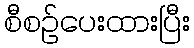
စီစဉ်ပေးထားပြီး